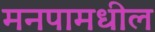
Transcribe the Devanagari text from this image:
मनपामधील